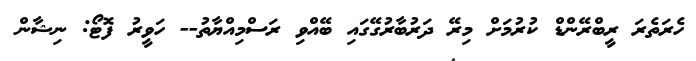
ހެރަތެރަ ރީބްރޭންޑް ކުރުމަށް މިރޭ ދަރުބާރުގޭގައި ބޭއްވި ރަސްމިއްޔާތު-- ހަވީރު ފޮޓޯ: ނިޝާން